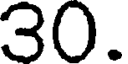
30.